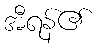
အီရန်၏